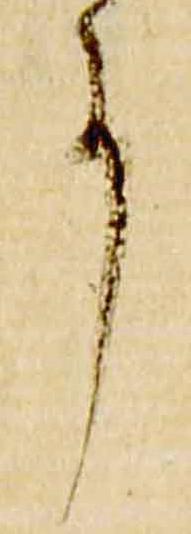
事